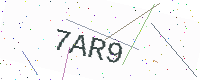
Text: 7AR9